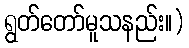
ရွတ်တော်မူသနည်း။)